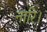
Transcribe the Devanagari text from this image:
नारि।